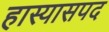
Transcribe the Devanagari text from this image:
हास्यासपद